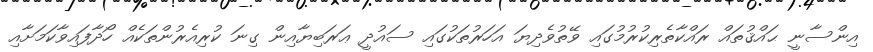
އިންސާނީ ޙައްޤުތައް ރައްކާތެރިކުރުމުގައި ވޭތުވެދިޔަ އަހަރުތަކުުގައި ސައުދީ ޢަރަބިޔާއިން ގިނަ ކުރިއެރުންތަކެއް ހޯދާފައިވާކަމަށާއި